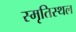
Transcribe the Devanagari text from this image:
स्मृतिस्थल